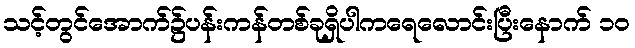
သင့်တွင်အောက်၌ပန်းကန်တစ်ခုရှိပါကရေလောင်းပြီးနောက် ၁၀